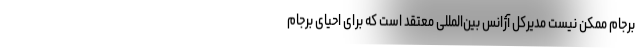
برجام ممکن نیست مدیرکل آژانس بین‌المللی معتقد است که برای احیای برجام